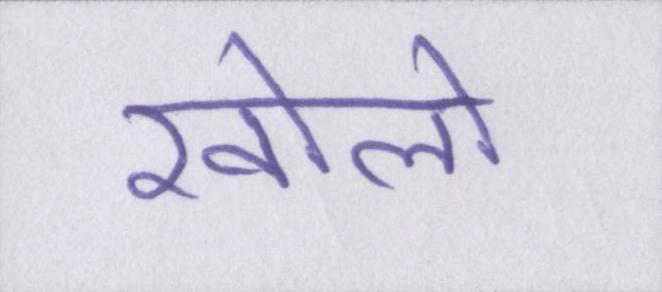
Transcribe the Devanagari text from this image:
खोलो